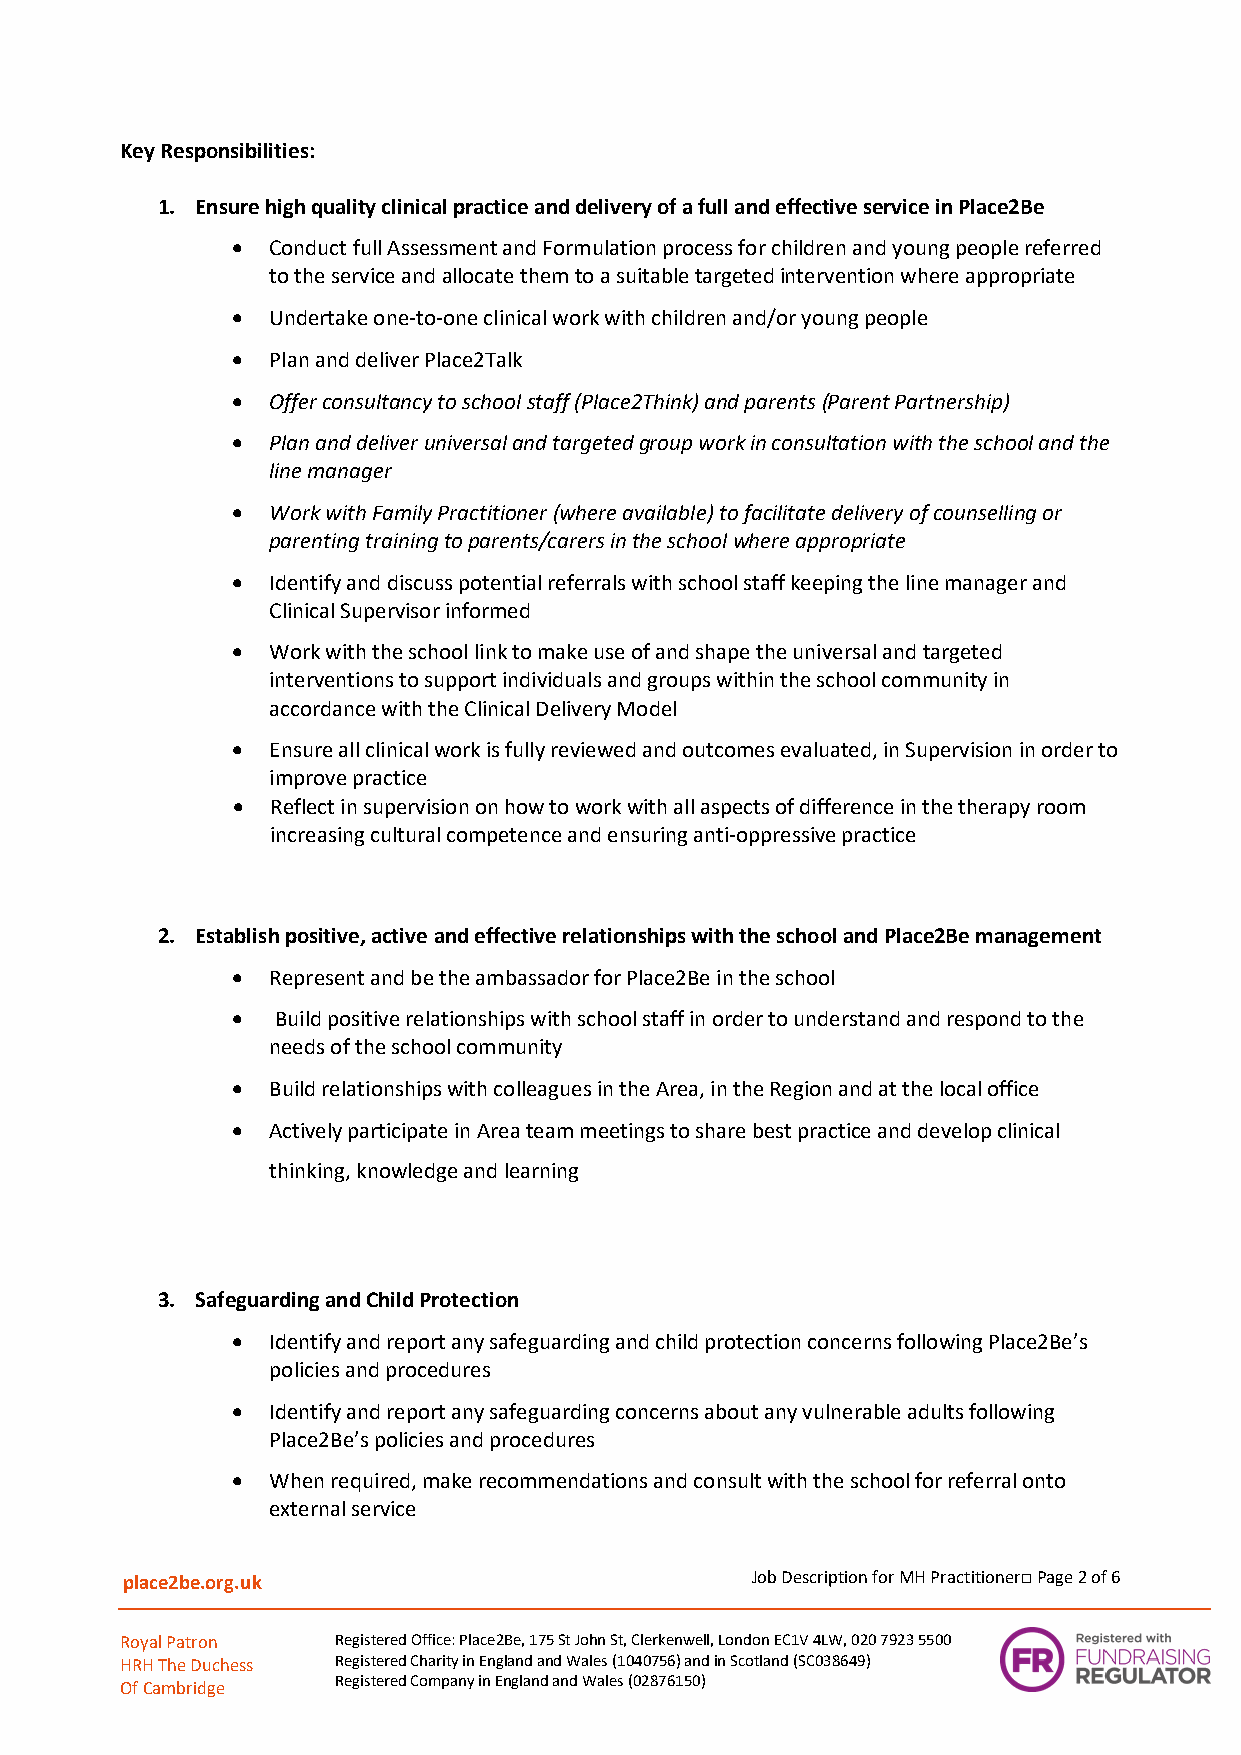
Key Responsibilities:
 1. Ensure high quality clinical practice and delivery of a full and effective service in Place2Be
 •  Conduct full Assessment and Formulation process for children and young people referred
 to the service and allocate them to a suitable targeted intervention where appropriate
 •  Undertake one-to-one clinical work with children and/or young people
 •  Plan and deliver Place2Talk
 •  Offer consultancy to school staff (Place2Think) and parents (Parent Partnership)
 •  Plan and deliver universal and targeted group work in consultation with the school and the
 line manager
 •  Work with Family Practitioner (where available) to facilitate delivery of counselling or
 parenting training to parents/carers in the school where appropriate
 •  Identify and discuss potential referrals with school staff keeping the line manager and
 Clinical Supervisor informed
 •  Work with the school link to make use of and shape the universal and targeted
 interventions to support individuals and groups within the school community in
 accordance with the Clinical Delivery Model
 •  Ensure all clinical work is fully reviewed and outcomes evaluated, in Supervision in order to
 improve practice
 •  Reflect in supervision on how to work with all aspects of difference in the therapy room
 increasing cultural competence and ensuring anti-oppressive practice
 2. Establish positive, active and effective relationships with the school and Place2Be management
 •  Represent and be the ambassador for Place2Be in the school
 •  Build positive relationships with school staff in order to understand and respond to the
 needs of the school community
 •  Build relationships with colleagues in the Area, in the Region and at the local office
 •  Actively participate in Area team meetings to share best practice and develop clinical
 thinking, knowledge and learning
 3. Safeguarding and Child Protection
 •  Identify and report any safeguarding and child protection concerns following Place2Be’s
 policies and procedures
 •  Identify and report any safeguarding concerns about any vulnerable adults following
 Place2Be’s policies and procedures
 •  When required, make recommendations and consult with the school for referral onto
 external service
 place2be.org.uk                           Job Description for MH Practitioner□ Page 2 of 6
 Royal Patron  Registered Office: Place2Be, 175 St John St, Clerkenwell, London EC1V 4LW, 020 7923 5500
 HRH The Duchess Registered Charity in England and Wales (1040756) and in Scotland (SC038649)
 Of Cambridge
 Registered Company in England and Wales (02876150)